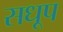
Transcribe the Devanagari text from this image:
सधूप